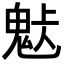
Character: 𩲹